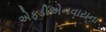
એફડીએનવાયના